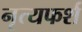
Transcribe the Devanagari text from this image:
नृत्यफर्श